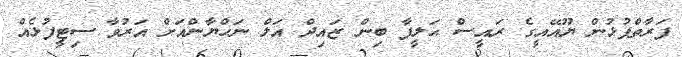
ފަރާތްޕުޅުން ޔޫއޭއީގެ ރައީސް ޙަލީފާ ބިން ޒައިދް އަލް ނަހްޔާންއަށް އަރުވާ ސިޓީފުޅެއް